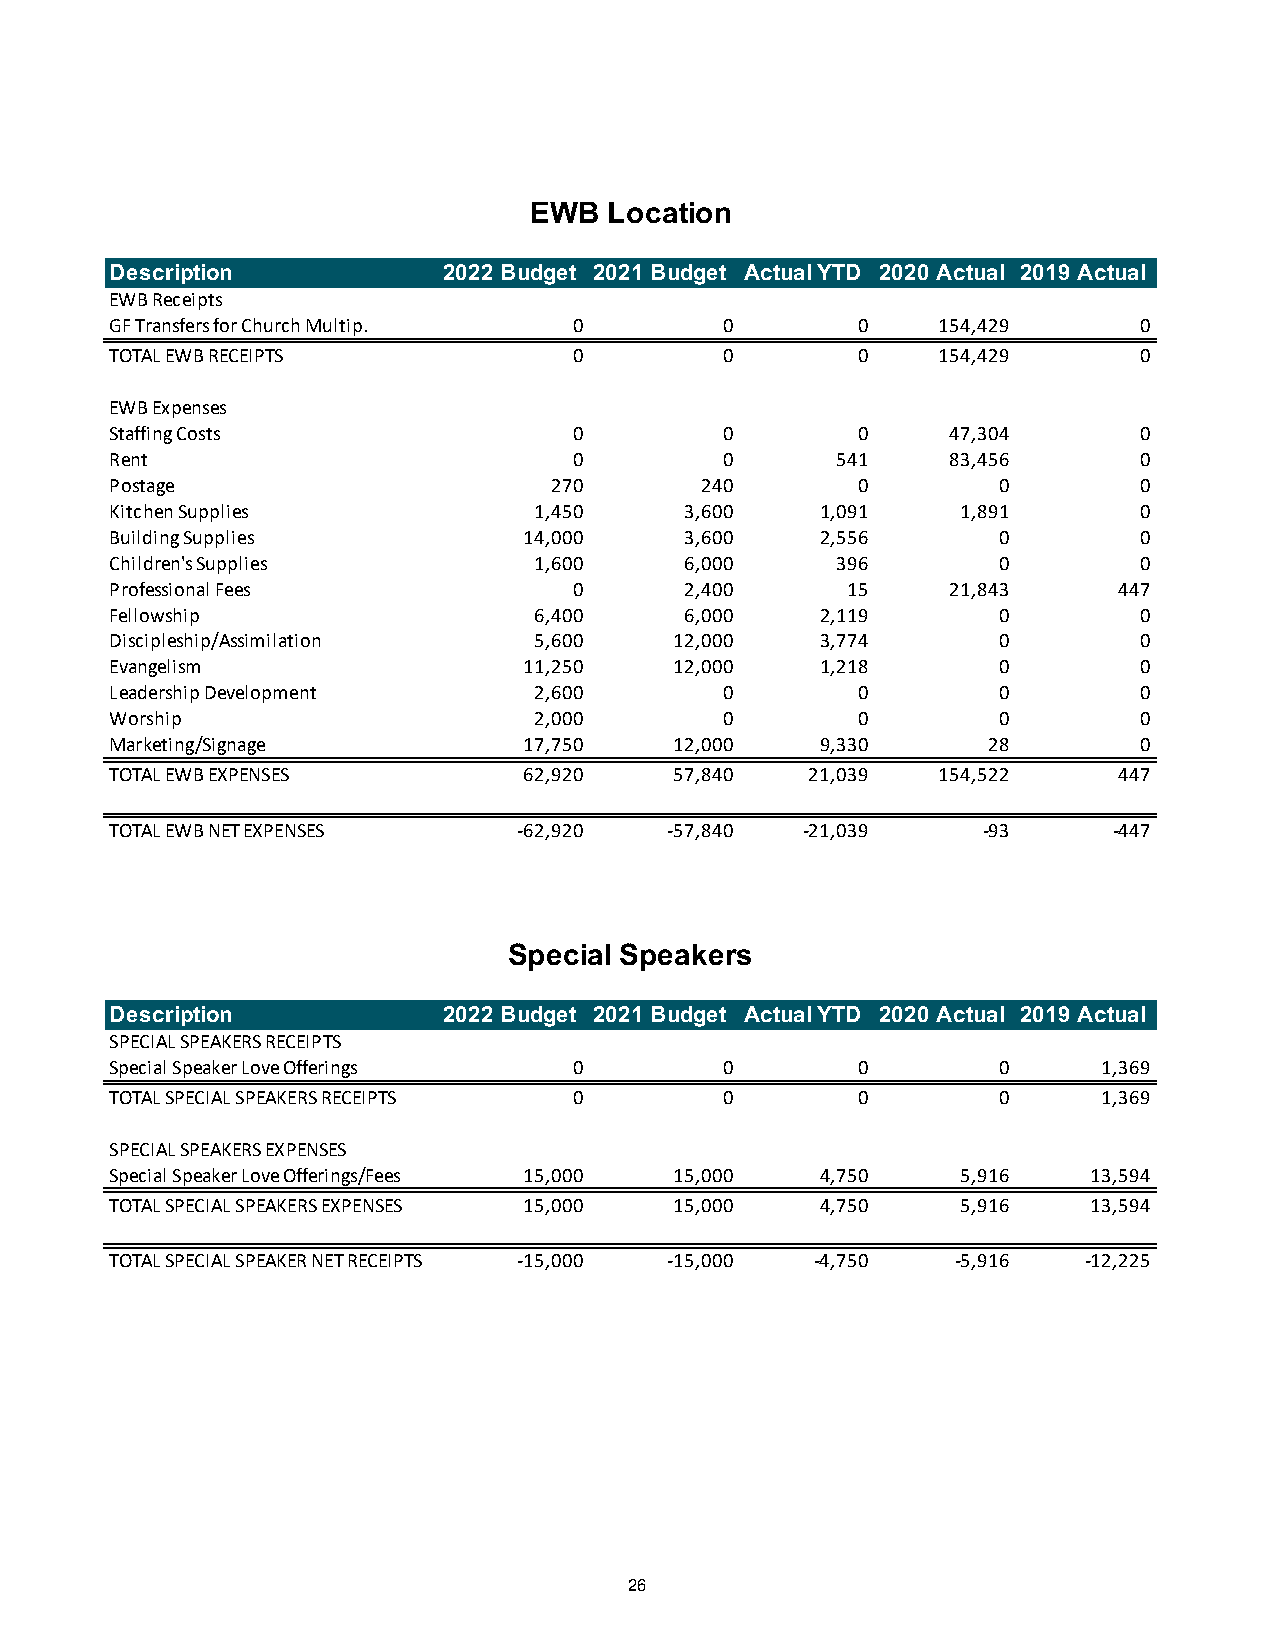
EWB  Location
 Description           2022 Budget 2021 Budget Actual YTD 2020 Actual 2019 Actual
 EWB Receipts
 GF Transfers for Church Multip. 0        0        0    154,429      0
 TOTAL EWB RECEIPTS             0         0        0    154,429      0
 EWB Expenses
 Staffing Costs                 0         0        0     47,304      0
 Rent                           0         0      541     83,456      0
 Postage                      270       240        0        0        0
 Kitchen Supplies            1,450     3,600    1,091     1,891      0
 Building Supplies           14,000    3,600    2,556       0        0
 Children's Supplies         1,600     6,000     396        0        0
 Professional Fees              0      2,400      15     21,843     447
 Fellowship                  6,400     6,000    2,119       0        0
 Discipleship/Assimilation   5,600     12,000   3,774       0        0
 Evangelism                  11,250    12,000   1,218       0        0
 Leadership Development      2,600        0        0        0        0
 Worship                     2,000        0        0        0        0
 Marketing/Signage           17,750    12,000   9,330      28        0
 TOTAL EWB EXPENSES          62,920    57,840   21,039  154,522     447
 TOTAL EWB NET EXPENSES     -62,920   -57,840  -21,039     -93      -447
 Special Speakers
 Description           2022 Budget 2021 Budget Actual YTD 2020 Actual 2019 Actual
 SPECIAL SPEAKERS RECEIPTS
 Special Speaker Love Offerings 0         0        0        0      1,369
 TOTAL SPECIAL SPEAKERS RECEIPTS 0        0        0        0      1,369
 SPECIAL SPEAKERS EXPENSES
 Special Speaker Love Offerings/Fees 15,000 15,000 4,750  5,916   13,594
 TOTAL SPECIAL SPEAKERS EXPENSES 15,000 15,000  4,750     5,916   13,594
 TOTAL SPECIAL SPEAKER NET RECEIPTS -15,000 -15,000 -4,750 -5,916 -12,225
 26